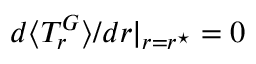
d \langle T _ { r } ^ { G } \rangle / d r | _ { r = r ^ { \star } } = 0